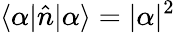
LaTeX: \langle\alpha|\hat{n}|\alpha\rangle=|\alpha|^{2}